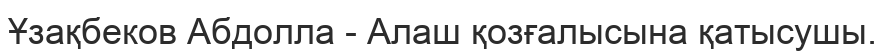
Ұзақбеков Абдолла - Алаш қозғалысына қатысушы.